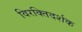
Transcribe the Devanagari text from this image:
विरक्तिदर्शक